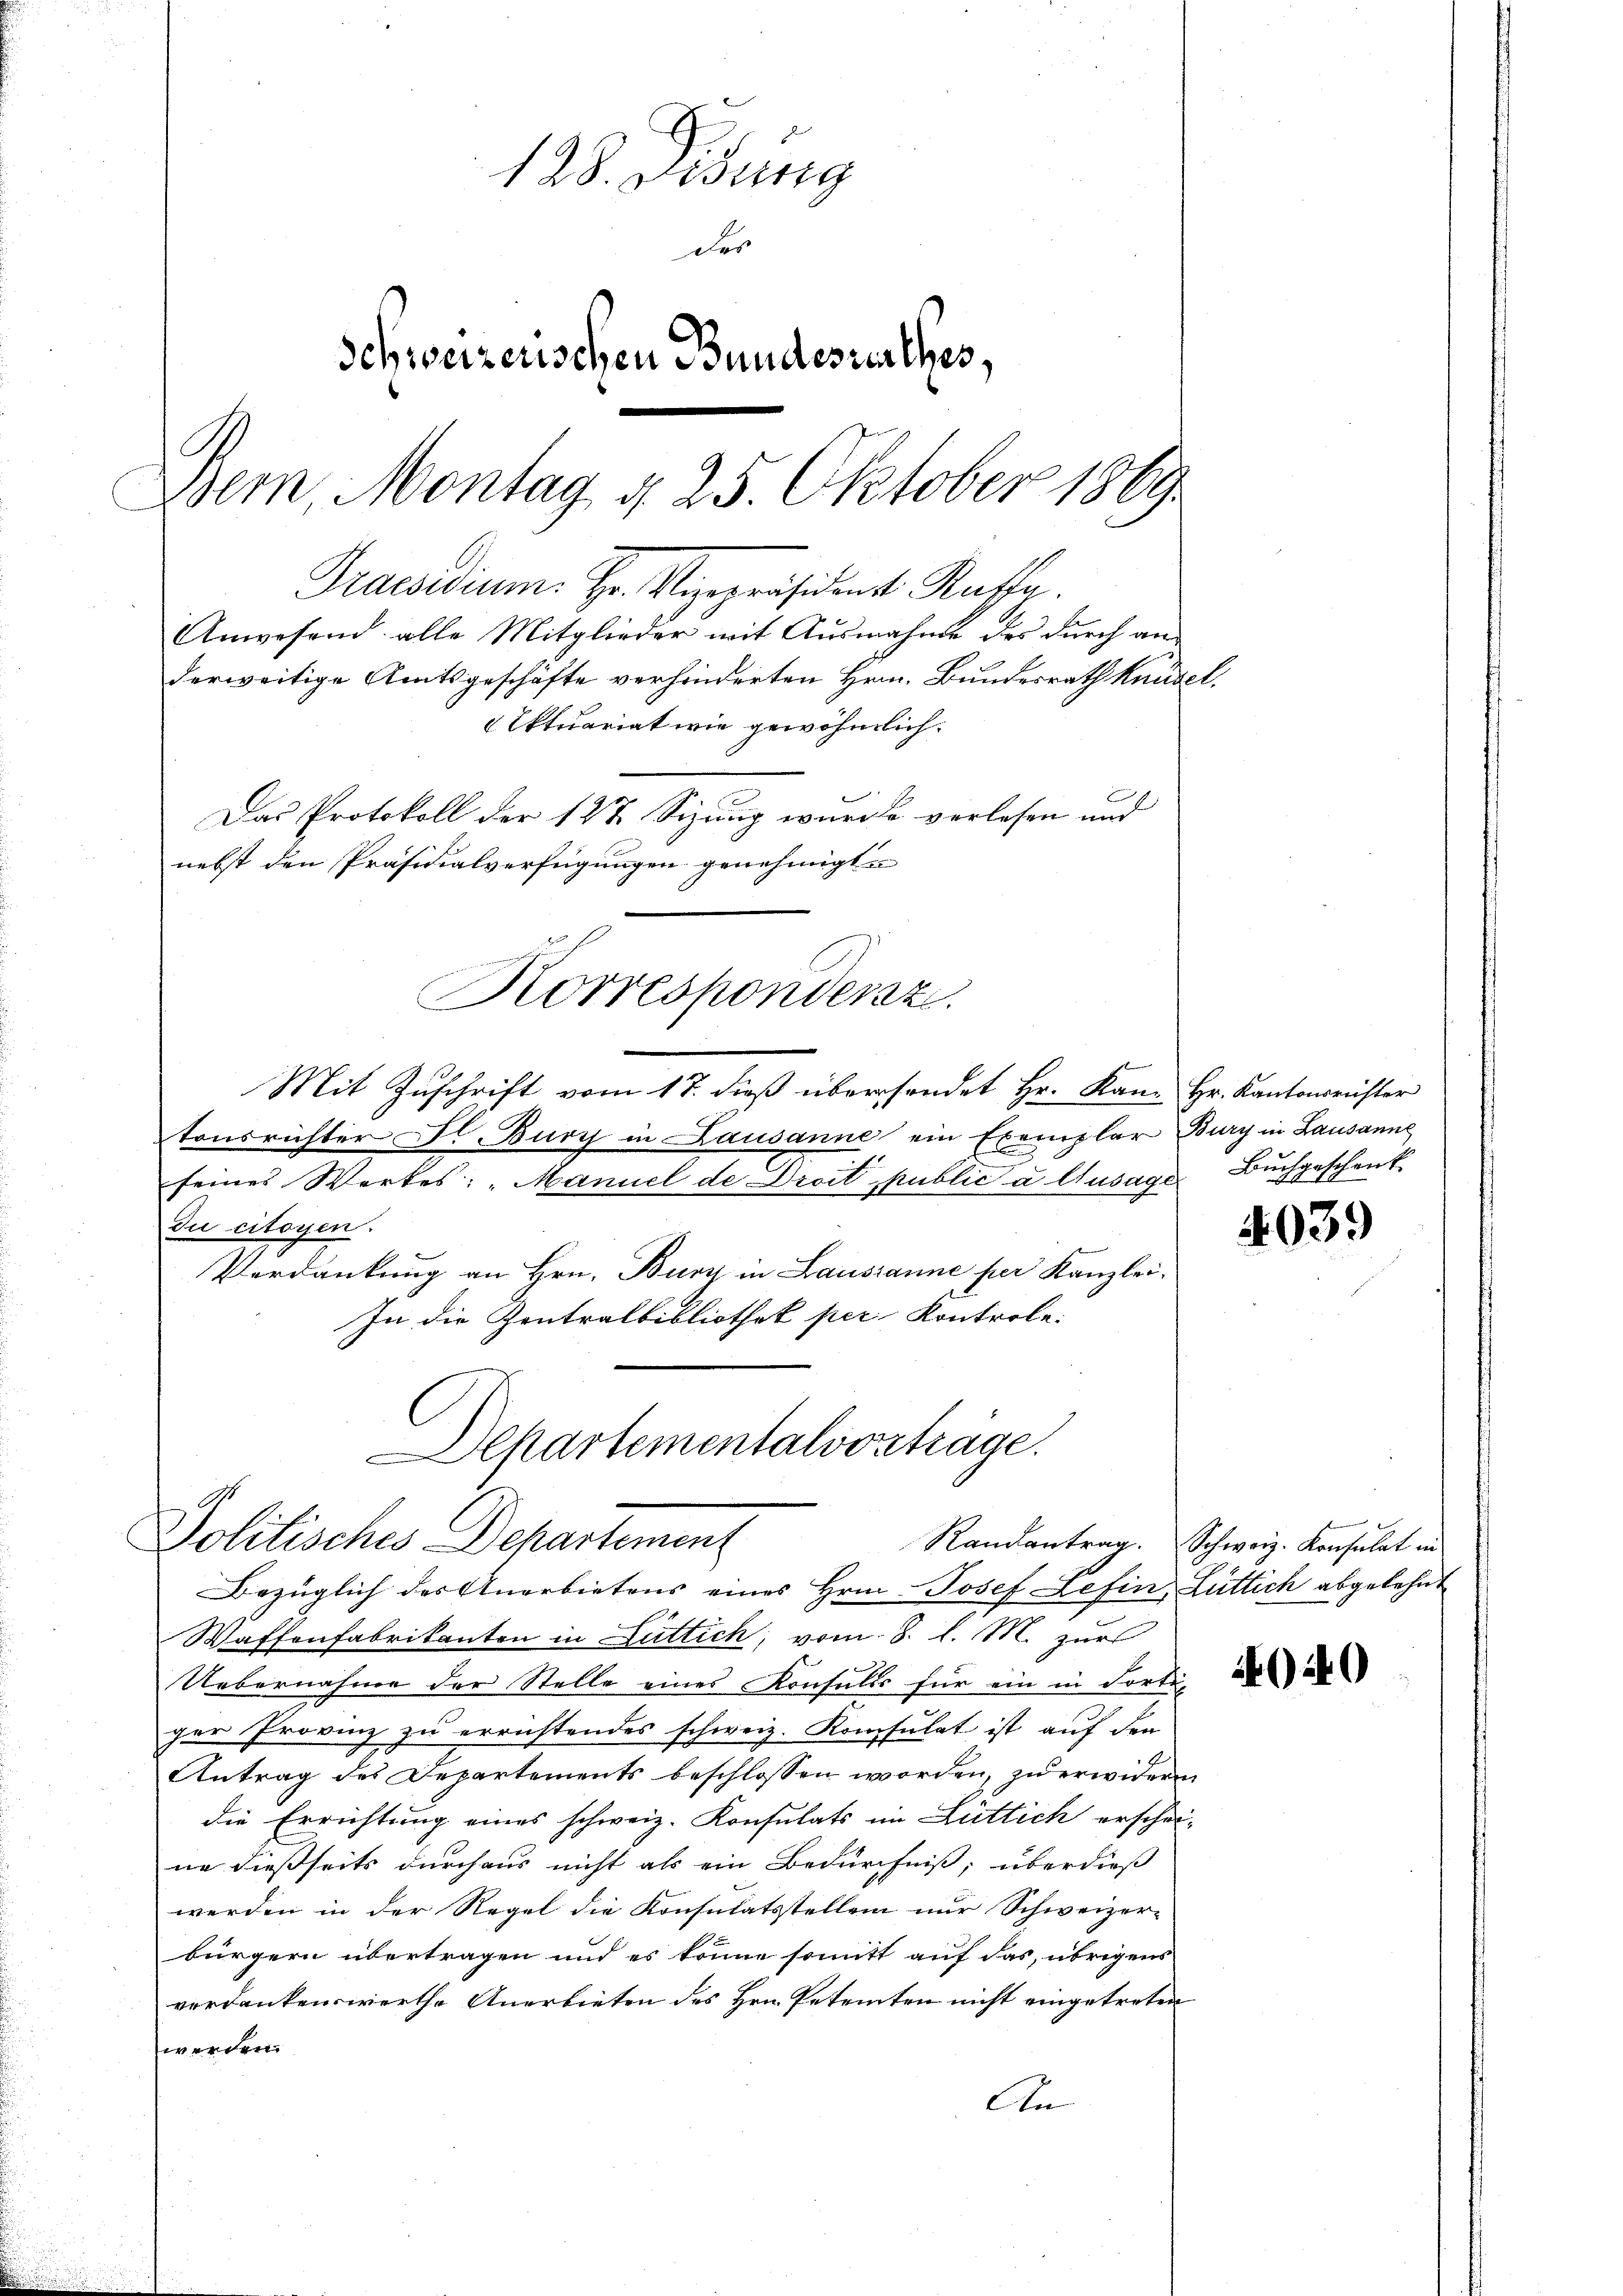
128. Disung
des
Schweizerischen Bundesrenthes,
Dem Montag d. 25. Oktober 1869.

Praesidium. Hr. Vizepräsident Kaffe
Anwesend alle Mitglieder mit Ausnahme des durch an
derweitige Amtsgeschäfte verhinderten Hrn. Bundesrath Kunde
Ektuariat wie gewöhnlich.
Das Protokoll der 127 Sizung wurde verlesen und
nebst den Präsidialverfügungen genehmigte
Mit Zuschrift vom 17. dieß übersendet Hr. Kam Hr. Kantonsrichter
tonsrichter I Burg in Lausanne ein Exemplar Burg in Lausanne
seines Werkes: „Manuel de Droit public u Ausage Buchgeschenk
Ju citoyen.
Verdankung an Hrn. Burg in Lausanne per Kanzlei-
In die Zentralbibliothek per Kontrole:
Departementalvorträge.

Waffenfabrikanton in Duttich, vom 8. l. M. zur
Uebernahme der Stelle eines Konsulis für ein in Forte,
ger Provinz zu errichtendes schweiz. Konsulat ist auf den
Antrag des Departements beschlossen worden, zu erwidern
die Errichtung eines schweiz. Konsulats im Lüttich erschei-
ne dießseits durchaus nicht als ein Bedürfniß, überdieß
werden in der Regel die Konsulatsstellen nur Schweizer-
bürgern übertragen und es könne somitt auf das, übrigens
verdankenswerthe Anerbieten des Hrn. Petenten nicht eingetreten
werden
An

Korrespondenz.

Politisches Departement
Bezüglich des Anerbietens eines Hrn. Josef Lefin, Luttich abgelehnt

E

403.

E
Randantrag. Schweiz. Konsulat in

040